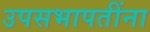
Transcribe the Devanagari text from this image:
उपसभापतींना